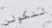
لنكولن